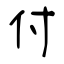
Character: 付